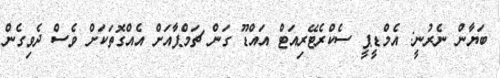
ބަޔާން ނެރުނީ: އެމްޑީޕީ ސެކްރެޓޭރިއަޓް އައްޑޫ ގަން ޗަމްޕާއަށް އެއްގޮތަކަށް ވެސް ދެވިގެން